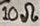
Text: 10Ω